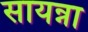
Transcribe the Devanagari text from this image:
सायन्ना